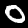
Digit: 0